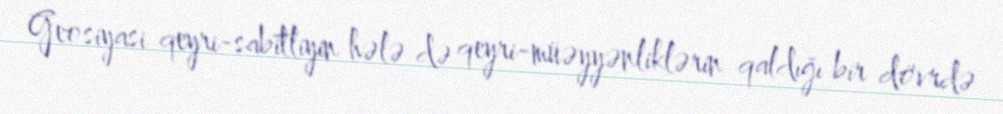
Geosiyasi qeyri-sabitliyin hələ də qeyri-müəyyənliklərin qaldığı bir dövrdə